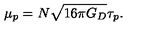
\mu _ { p } = N \sqrt { 1 6 \pi G _ { D } } \tau _ { p } .